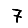
Digit: 7